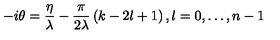
- i \theta = \frac { \eta } { \lambda } - \frac { \pi } { 2 \lambda } \left( k - 2 l + 1 \right) , l = 0 , \dots , n - 1